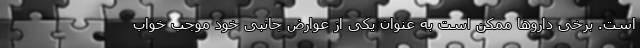
است. برخی داروها ممکن است به عنوان یکی از عوارض جانبی خود موجب خواب